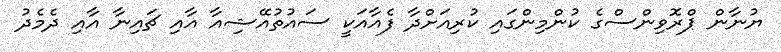
ޔުނާން ޕްރޮވިންސްގެ ކުންމިންގައި ކުރިއަށްދާ ފެއާއަކީ ސައުތުއޭޝިއާ އާއި ޗައިނާ އާއި ދެމެދު